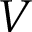
V